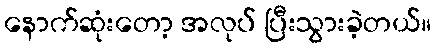
နောက်ဆုံးတော့ အလုပ် ပြီးသွားခဲ့တယ်။